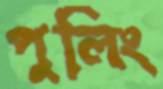
পুলিং